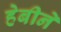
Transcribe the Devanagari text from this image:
हेबीने